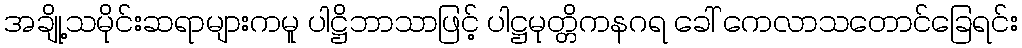
အချို့သမိုင်းဆရာများကမူ ပါဋ္ဌိဘာသာဖြင့် ပါဋ္ဌမုတ္တိကနဂရ ခေါ် ကေလာသတောင်ခြေရင်း